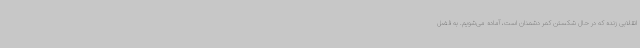
انقلابی زنده که در حال شکستن کمر دشمنان است، آماده می‌شویم. به فضل